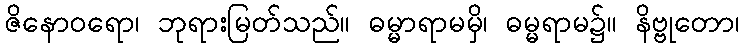
ဇိနောဝရော၊ ဘုရားမြတ်သည်။ ဓမ္မာရာမမှိ၊ ဓမ္မရာမ၌။ နိဗ္ဗုတော၊